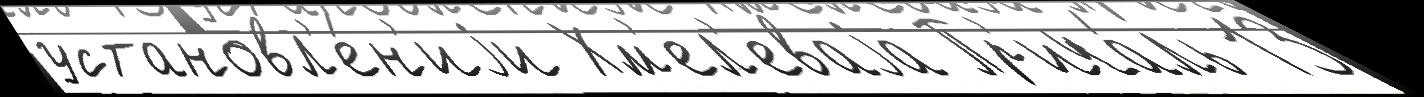
установл'е́н'иjи Хм'ел'еваjа Пр'ича́ль 13